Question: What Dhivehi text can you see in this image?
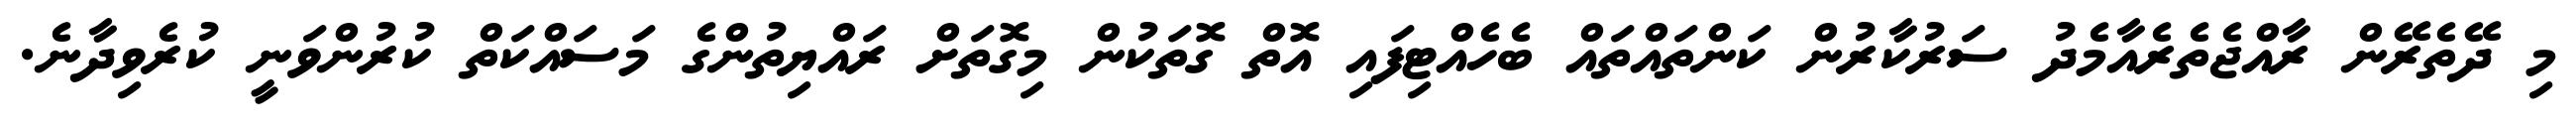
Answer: މި ދޭތެރޭން ރާއްޖެތެރެއާމެދު ސަރުކާރުން ކަންތައްތައް ބެހެއްޓިފައި އޮތް ގޮތަކުން މިގޮތަށް ރައްޔިތުންގެ މަސައްކަތް ކުރުންވަނީ ކުރެވިދާނެ.